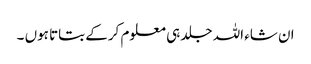
ان شاء اللہ جلد ہی معلوم کرکے بتاتا ہوں ۔